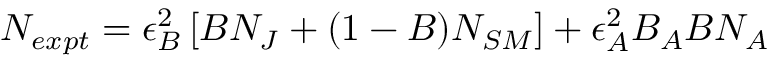
N _ { e x p t } = \epsilon _ { B } ^ { 2 } \left[ B N _ { J } + ( 1 - B ) N _ { S M } \right] + \epsilon _ { A } ^ { 2 } B _ { A } B N _ { A }